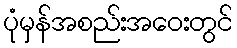
ပုံမှန်အစည်းအဝေးတွင်